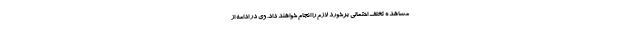
مشاهده تخلف احتمالی برخورد لازم را انجام خواهند داد. وی در ادامه از